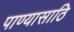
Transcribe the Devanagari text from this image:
पाण्यासाठि